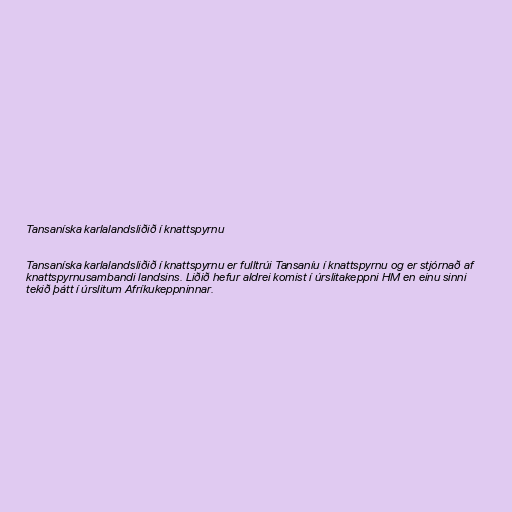
Tansaníska karlalandsliðið í knattspyrnu

Tansaníska karlalandsliðið í knattspyrnu er fulltrúi Tansaníu í knattspyrnu og er stjórnað af
knattspyrnusambandi landsins. Liðið hefur aldrei komist í úrslitakeppni HM en einu sinni
tekið þátt í úrslitum Afríkukeppninnar.